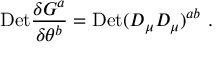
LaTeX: \mathrm { { D e t } } { \frac { \delta G ^ { a } } { \delta \theta ^ { b } } } = { \mathrm { D e t } } ( D _ { \mu } { \cal D } _ { \mu } ) ^ { a b } \ .